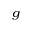
_ g